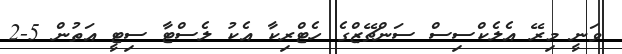
ވަނީ މިރޭ އެލެކްސިސް ސަންޗޭޒްގެ ހެޓްރިކާ އެކު ލެސްޓާ ސިޓީ އަތުން 5-2